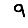
Digit: 9